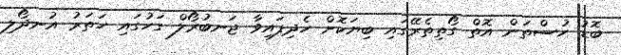
ބޮޑު ހުސްތަން އޮތް ގޯތިތެރޭގައި ބިޔަކޮށް ހެދިފައިވާ ޖަނބުރޯލް ގަހުގައި ހަތަރު އުނދޯލި